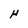
Character: H